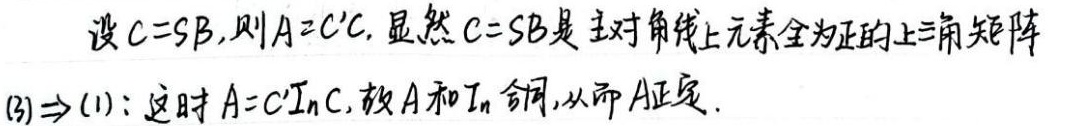
设\(C = SB\)，则\(A = C'C\)。显然，\(C = SB\)是主对角线上元素全为正的上三角矩阵。

\((3)\Rightarrow(1)\)：这时\(A = C'I_nC\)，故\(A\)和\(I_n\)合同，从而\(A\)正定。